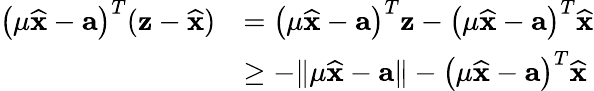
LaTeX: \begin{array}{rl}{\left(\mu\widehat{\mathbf{x}}-\mathbf{a}\right)^{T}(\mathbf{z}-\widehat{\mathbf{x}})}&{=\left(\mu\widehat{\mathbf{x}}-\mathbf{a}\right)^{T}\mathbf{z}-\left(\mu\widehat{\mathbf{x}}-\mathbf{a}\right)^{T}\widehat{\mathbf{x}}}\\ &{\ge-\| \mu\widehat{\mathbf{x}}-\mathbf{a}\| -\left(\mu\widehat{\mathbf{x}}-\mathbf{a}\right)^{T}\widehat{\mathbf{x}}}\end{array}